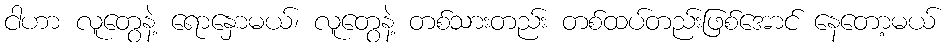
ငါဟာ လူတွေနဲ့ ရောနှောမယ်၊ လူတွေနဲ့ တစ်သားတည်း တစ်ထပ်တည်းဖြစ်အောင် နေတော့မယ်